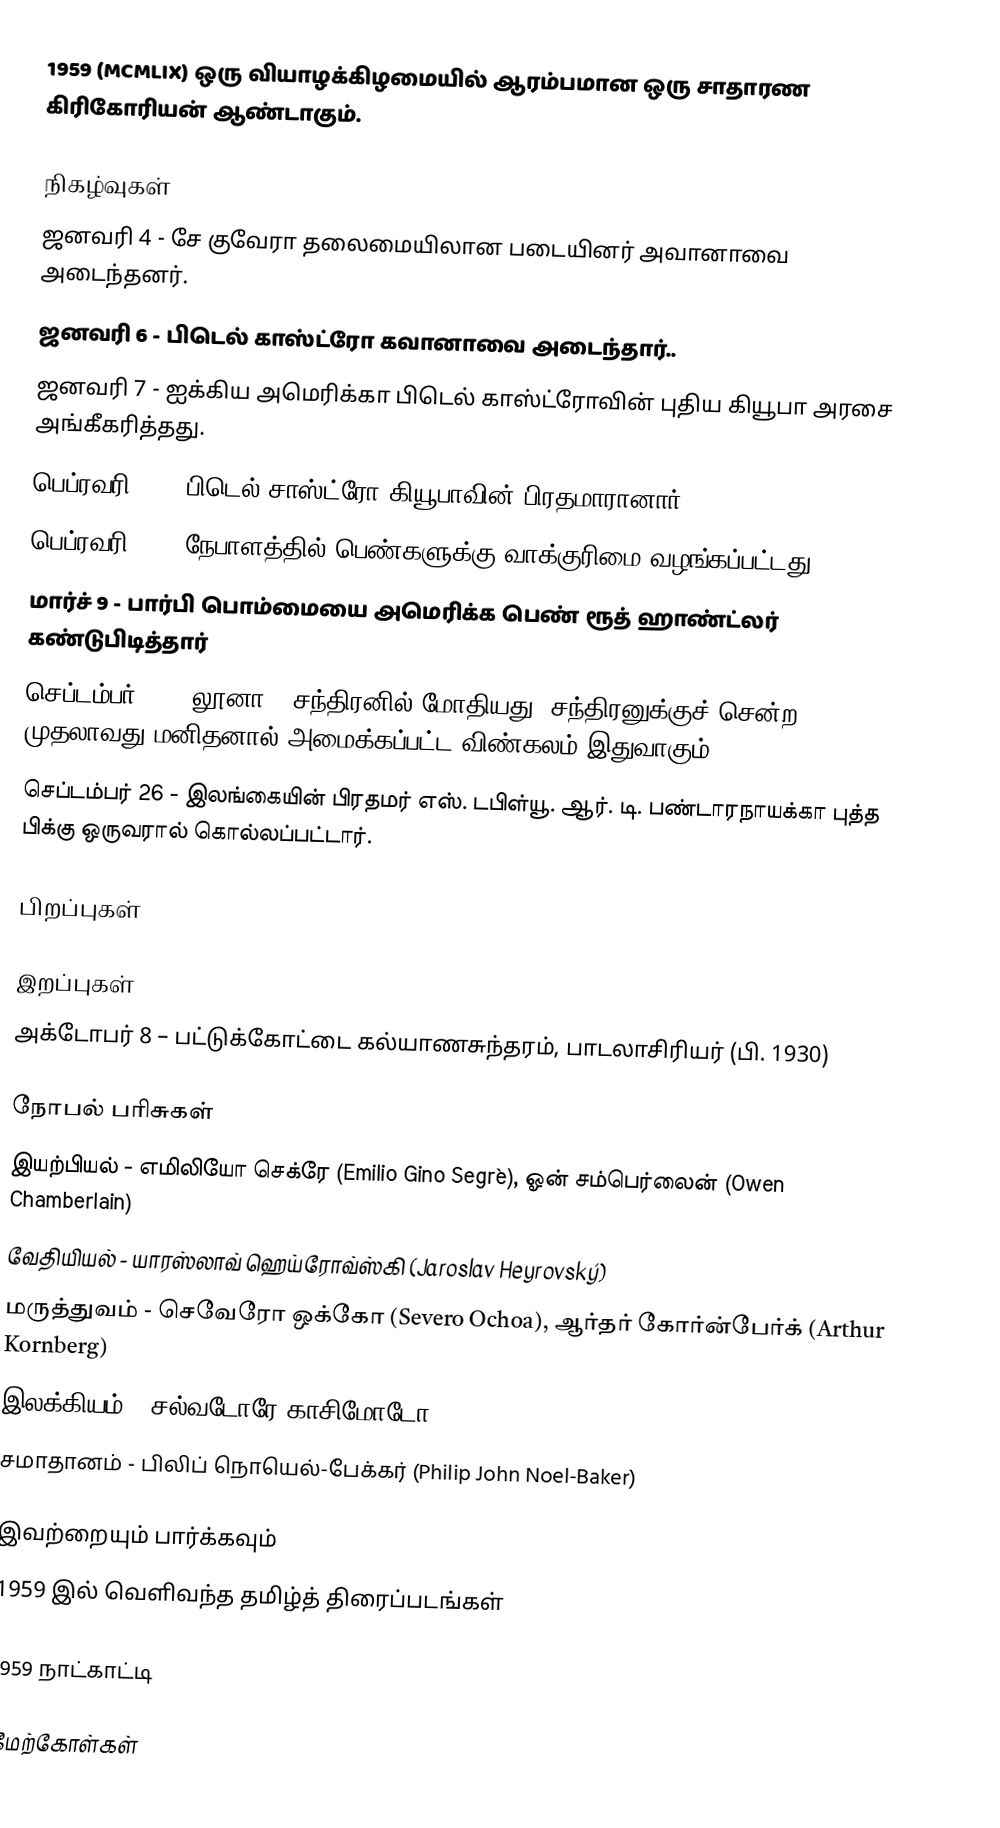
1959  (MCMLIX) ஒரு வியாழக்கிழமையில் ஆரம்பமான ஒரு சாதாரண கிரிகோரியன் ஆண்டாகும்.

நிகழ்வுகள்
 ஜனவரி 4 - சே குவேரா தலைமையிலான படையினர் அவானாவை அடைந்தனர்.
 ஜனவரி 6 - பிடெல் காஸ்ட்ரோ கவானாவை அடைந்தார்..
 ஜனவரி 7 - ஐக்கிய அமெரிக்கா பிடெல் காஸ்ட்ரோவின் புதிய கியூபா அரசை அங்கீகரித்தது.
 பெப்ரவரி 16 - பிடெல் சாஸ்ட்ரோ கியூபாவின் பிரதமாரானார்.
 பெப்ரவரி 18 - நேபாளத்தில் பெண்களுக்கு வாக்குரிமை வழங்கப்பட்டது.
 மார்ச் 9 - பார்பி பொம்மையை அமெரிக்க பெண் ரூத் ஹாண்ட்லர் கண்டுபிடித்தார்
 செப்டம்பர் 14 - லூனா 2 சந்திரனில் மோதியது. சந்திரனுக்குச் சென்ற முதலாவது மனிதனால் அமைக்கப்பட்ட விண்கலம் இதுவாகும்.
 செப்டம்பர் 26 - இலங்கையின் பிரதமர் எஸ். டபிள்யூ. ஆர். டி. பண்டாரநாயக்கா புத்த பிக்கு ஒருவரால் கொல்லப்பட்டார்.

பிறப்புகள்

இறப்புகள்
 அக்டோபர் 8 – பட்டுக்கோட்டை கல்யாணசுந்தரம், பாடலாசிரியர் (பி. 1930)

நோபல் பரிசுகள்
 இயற்பியல் - எமிலியோ செக்ரே (Emilio Gino Segrè), ஓன் சம்பெர்லைன் (Owen Chamberlain)
 வேதியியல் - யாரஸ்லாவ் ஹெய்ரோவ்ஸ்கி (Jaroslav Heyrovský)
 மருத்துவம் - செவேரோ ஒக்கோ (Severo Ochoa), ஆர்தர் கோர்ன்பேர்க் (Arthur Kornberg)
 இலக்கியம் - சல்வடோரே காசிமோடோ (Salvatore Quasimodo)
 சமாதானம் - பிலிப் நொயெல்-பேக்கர் (Philip John Noel-Baker)

இவற்றையும் பார்க்கவும்
 1959 இல் வெளிவந்த தமிழ்த் திரைப்படங்கள்

1959 நாட்காட்டி

மேற்கோள்கள்